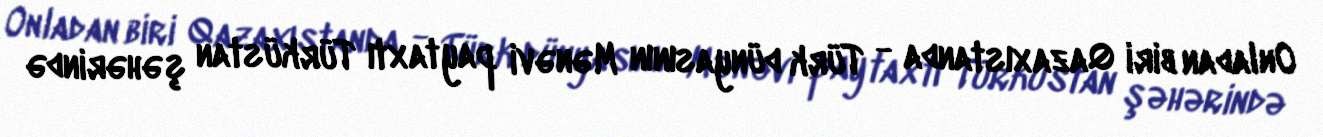
Onladan biri Qazaxıstanda - Türk dünyasının Mənəvi paytaxtı Türküstan şəhərində